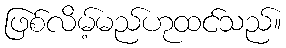
ဖြစ်လိမ့်မည်ဟုထင်သည်။